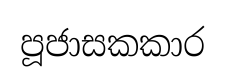
පූජාසකකාර